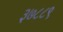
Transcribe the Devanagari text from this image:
३७८८९